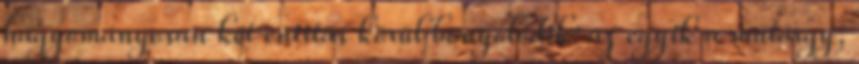
hagyományosan két entitás körül bonyolódik: az egyik a műtárgy,